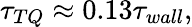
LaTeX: \tau_{TQ}\approx 0.13\tau_{wall},